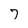
Character: 7